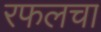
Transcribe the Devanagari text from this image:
रफलचा